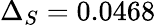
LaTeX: \Delta_{S}=0.0468